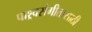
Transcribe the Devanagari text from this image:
पाश्र्वसंगीतासाठी